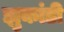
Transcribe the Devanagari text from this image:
झुकांडी